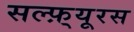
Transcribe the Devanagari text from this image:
सल्फ़्यूरस